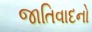
જાતિવાદનો